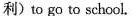
利）to go to school.